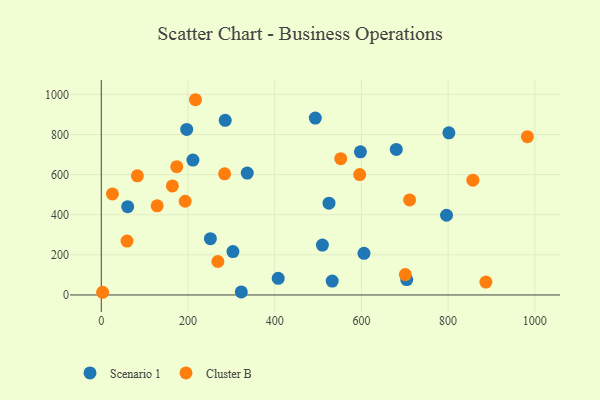
{"axis": {"x": "Speed", "y": "Yield"}, "legend": ["Cluster B", "Scenario 1"], "data": [{"x": "251.7", "y": 280.6, "type": "Scenario 1"}, {"x": "493.7", "y": 882.0, "type": "Scenario 1"}, {"x": "285.9", "y": 870.5, "type": "Scenario 1"}, {"x": "336.7", "y": 607.5, "type": "Scenario 1"}, {"x": "323.0", "y": 15.2, "type": "Scenario 1"}, {"x": "680.5", "y": 725.3, "type": "Scenario 1"}, {"x": "408.1", "y": 83.0, "type": "Scenario 1"}, {"x": "525.3", "y": 457.4, "type": "Scenario 1"}, {"x": "303.7", "y": 216.3, "type": "Scenario 1"}, {"x": "532.7", "y": 69.0, "type": "Scenario 1"}, {"x": "60.9", "y": 440.3, "type": "Scenario 1"}, {"x": "796.4", "y": 397.5, "type": "Scenario 1"}, {"x": "197.0", "y": 825.1, "type": "Scenario 1"}, {"x": "704.6", "y": 76.6, "type": "Scenario 1"}, {"x": "510.1", "y": 248.7, "type": "Scenario 1"}, {"x": "211.4", "y": 672.6, "type": "Scenario 1"}, {"x": "597.8", "y": 713.7, "type": "Scenario 1"}, {"x": "801.8", "y": 808.4, "type": "Scenario 1"}, {"x": "606.0", "y": 207.4, "type": "Scenario 1"}, {"x": "982.9", "y": 788.9, "type": "Cluster B"}, {"x": "284.5", "y": 603.7, "type": "Cluster B"}, {"x": "83.3", "y": 593.9, "type": "Cluster B"}, {"x": "174.1", "y": 639.4, "type": "Cluster B"}, {"x": "701.4", "y": 101.8, "type": "Cluster B"}, {"x": "552.4", "y": 679.6, "type": "Cluster B"}, {"x": "596.1", "y": 600.2, "type": "Cluster B"}, {"x": "128.9", "y": 444.3, "type": "Cluster B"}, {"x": "711.2", "y": 473.9, "type": "Cluster B"}, {"x": "59.4", "y": 268.5, "type": "Cluster B"}, {"x": "268.9", "y": 166.9, "type": "Cluster B"}, {"x": "193.5", "y": 467.2, "type": "Cluster B"}, {"x": "25.7", "y": 503.5, "type": "Cluster B"}, {"x": "857.2", "y": 572.2, "type": "Cluster B"}, {"x": "164.0", "y": 543.6, "type": "Cluster B"}, {"x": "217.3", "y": 973.3, "type": "Cluster B"}, {"x": "3.1", "y": 13.4, "type": "Cluster B"}, {"x": "887.2", "y": 64.2, "type": "Cluster B"}]}